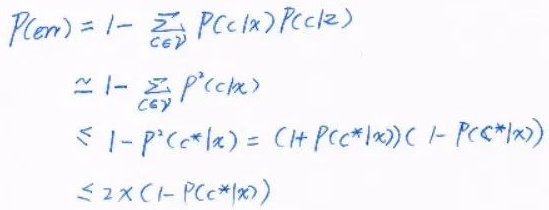
\[
\begin{align*}
P(\text{err})&=1-\sum_{c\in\mathcal{Y}}P(c|x)P(c|z)\\
&\simeq 1-\sum_{c\in\mathcal{Y}}P^{2}(c|x)\\
&\leq 1 - P^{2}(c^{*}|x)=(1 + P(c^{*}|x))(1 - P(c^{*}|x))\\
&\leq 2\times(1 - P(c^{*}|x))
\end{align*}
\]